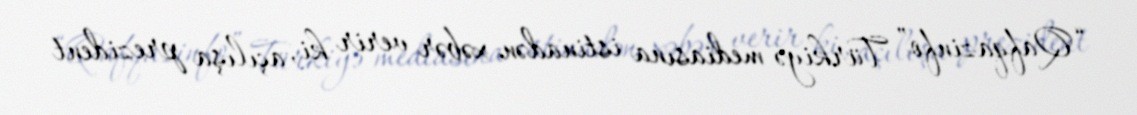
“Qafqazinfo” Türkiyə mediasına istinadən xəbər verir ki, açılışa prezident